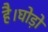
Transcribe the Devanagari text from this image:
है।घोड़ों